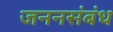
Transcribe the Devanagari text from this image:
जननसंबंध